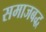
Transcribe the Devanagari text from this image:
समाजबद्ध